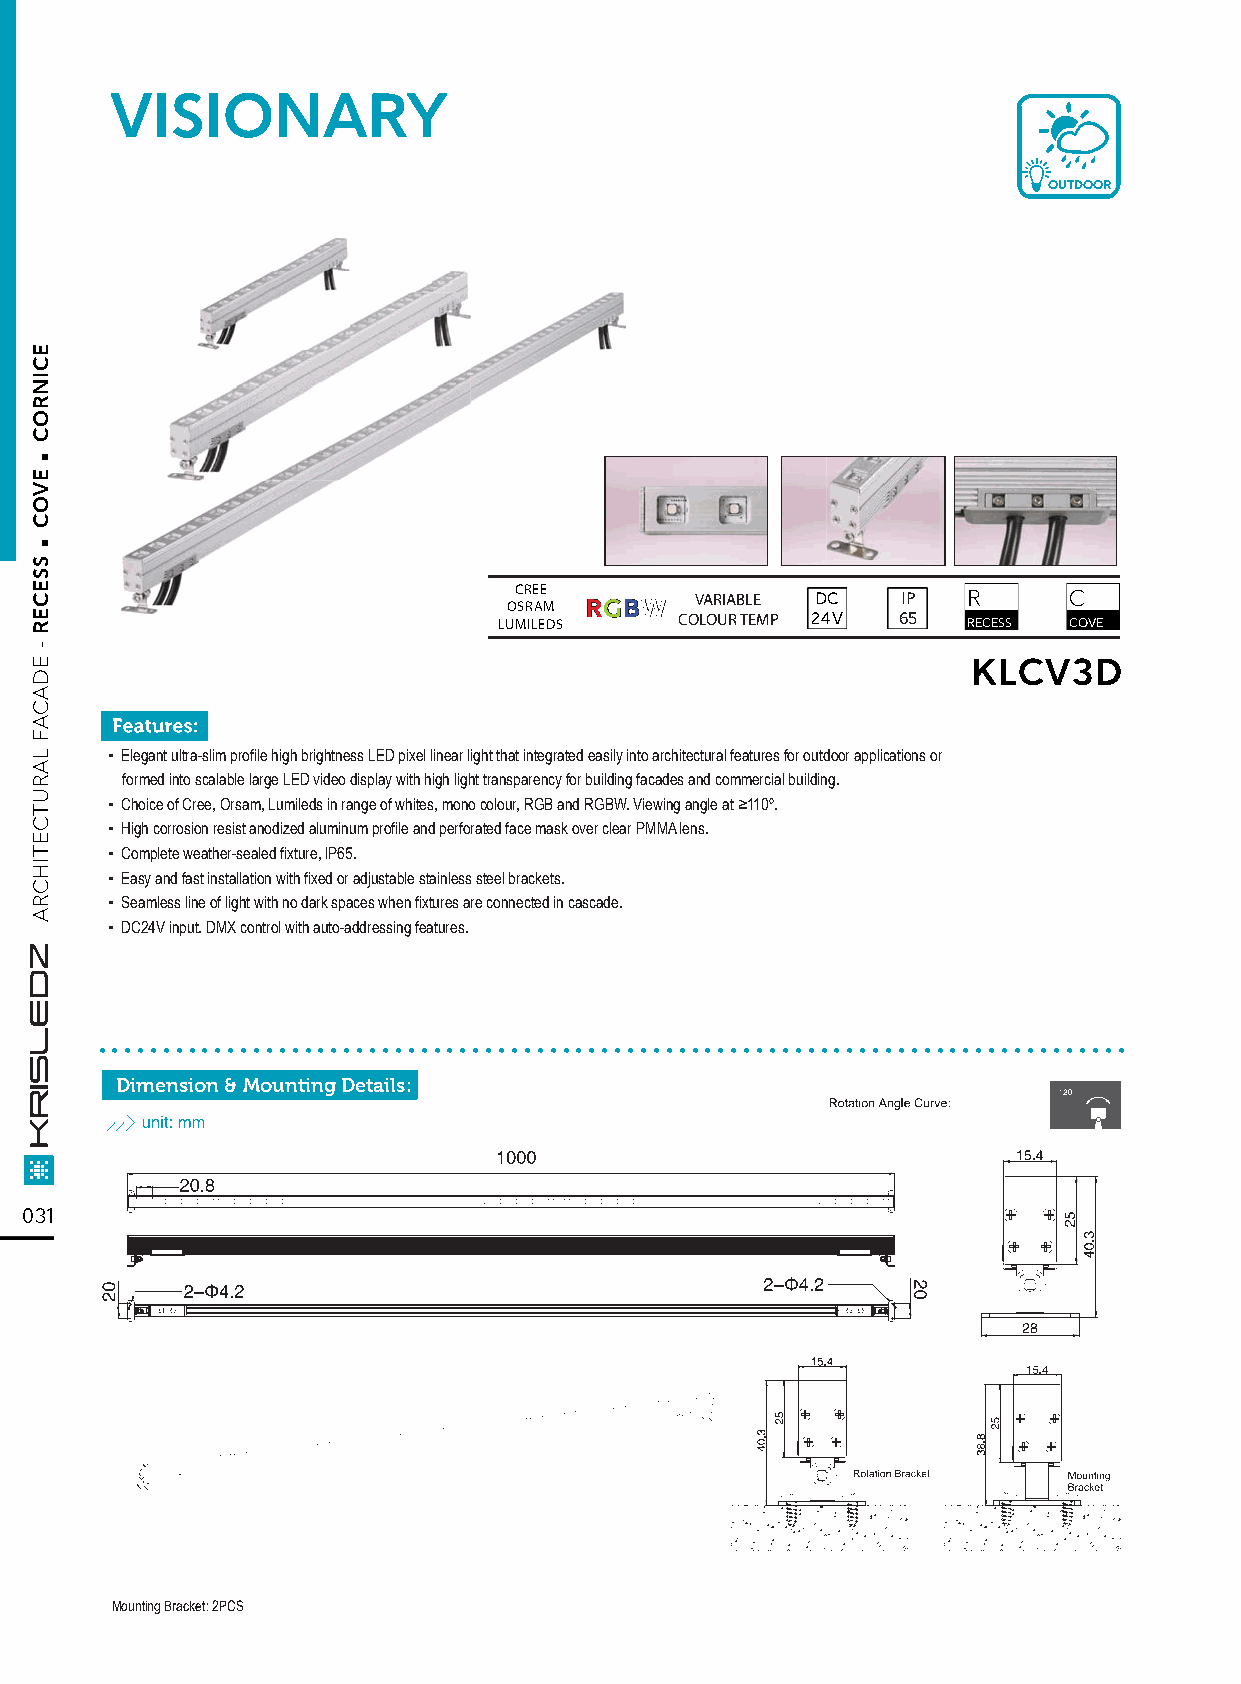
VISIONARY
 OUTDOOR
 CREE RRGGBBWW VARIABLE DC IP  R      C
 OSRAM
 LUMILEDS    COLOUR TEMP 24V 65 RECESS COVE
 KLCV3D
 ▪ Elegant ultra-slim profile high brightness LED pixel linear light that integrated easily into architectural features for outdoor applications or
 formed into scalable large LED video display with high light transparency for building facades and commercial building.
 ▪ Choice of Cree, Orsam, Lumileds in range of whites, mono colour, RGB and RGBW. Viewing angle at ≥110º.
 ▪ High corrosion resist anodized aluminum profile and perforated face mask over clear PMMA lens.
 ▪ Complete weather-sealed fixture, lP65.
 ▪ Easy and fast installation with fixed or adjustable stainless steel brackets.
 ▪ Seamless line of light with no dark spaces when fixtures are connected in cascade.
 ▪ DC24V input. DMX control with auto-addressing features.
 ................................................................................
 Dimension & Mounting Details:
 031
 Mounting Bracket: 2PCS
 .
 .
 ECINROC
 EVOC
 SSECER
 -
 EDACAF
 LARUTCETIHCRA